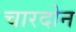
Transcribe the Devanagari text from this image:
चारदोन